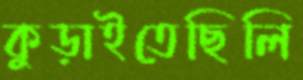
কুড়াইতেছিলি